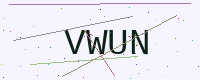
Text: VWUN